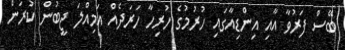
ބޭސް ފަރުވާ އާއި އިންޑިއާގައި ހުރުމުގެ ހުރިހާ ހަރަދެއް އަމިއްލަ ޖީބުން ކުރަން